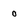
Character: o